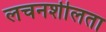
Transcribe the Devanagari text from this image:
लचनशीलता